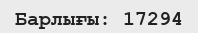
Барлығы: 17294